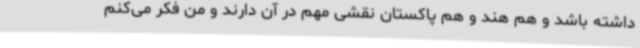
داشته باشد و هم هند و هم پاکستان نقشی مهم در آن دارند و من فکر می‌کنم